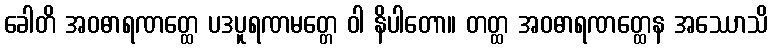
ခေါတိ အဝဓာရဏတ္ထေ ပဒပူရဏမတ္တေ ဝါ နိပါတော။ တတ္ထ အဝဓာရဏတ္ထေန အဿောသိ